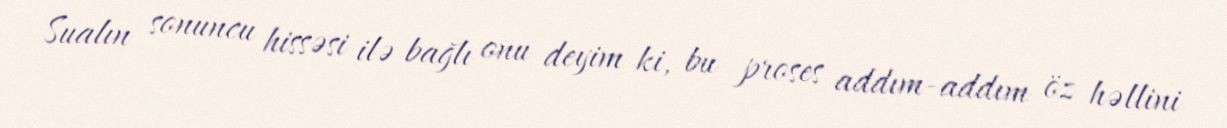
Sualın sonuncu hissəsi ilə bağlı onu deyim ki, bu proses addım-addım öz həllini